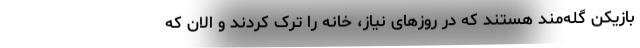
بازیکن گله‌مند هستند که در روزهای نیاز، خانه را ترک کردند و الان که